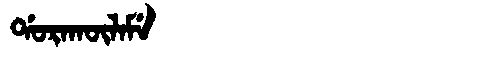
Manchu: ᡩᠣᡵᠠᡴᡡᠯᠠᠮᡝ
Romanization: DORAKŪLAME